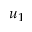
u _ { 1 }